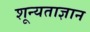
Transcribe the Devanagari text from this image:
शून्यताज्ञान